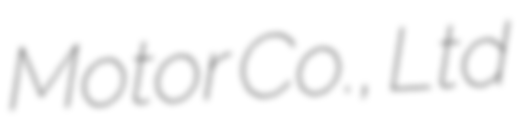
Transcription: Motor Co., Ltd